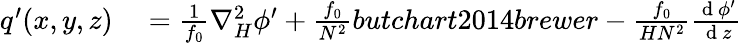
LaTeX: \begin{array}{rl}{q^{\prime}(x,y,z)}&{{}=\frac{1}{f_{0}}\nabla_{H}^{2}\phi^{\prime}+\frac{f_{0}}{N^{2}}butchart2014brewer-\frac{f_{0}}{HN^{2}}\frac{\mathrm{~d~}\phi^{\prime}}{\mathrm{~d~}z}}\end{array}